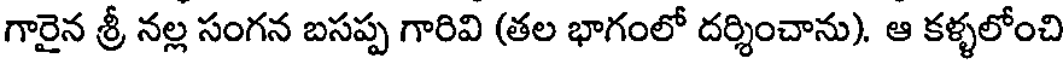
గారైన శ్రీ నల్ల సంగన బసప్ప గారివి (తల భాగంలో దర్శించాను). ఆ కళ్ళలోంచి